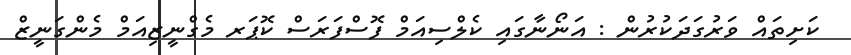
ކަށިތައް ވަރުގަދަކުރުން : އަނޯނާގައި ކެލްސިއަމް ފޮސްފަރަސް ކޮޕަރ މެގްނީޒިއަމް މެންގަނީޒް